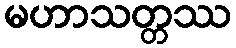
မဟာသတ္တဿ